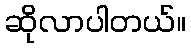
ဆိုလာပါတယ်။